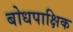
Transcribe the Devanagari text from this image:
बोधपाक्षिक